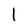
Character: l